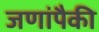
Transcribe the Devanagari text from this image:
जणांपैकी